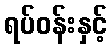
ရပ်ဝန်းနှင့်